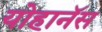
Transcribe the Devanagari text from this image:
योहानॅस